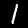
Label: 1